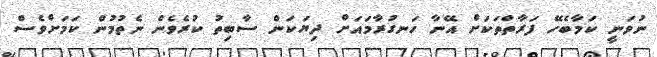
ނުވަނީ ކަމާބެހޭ ފަރާތްތަކަށް އޭނާ ހަނގުރާމައަށް ދިޔަކަން ސާބިތު ކުރެވެން ނެތުމުން ކަމަށްވެސް